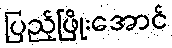
ပြည့်ဖြိုးအောင်